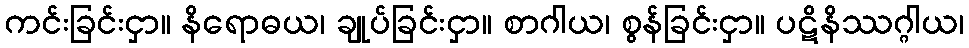
ကင်းခြင်းငှာ။ နိရောဓယ၊ ချုပ်ခြင်းငှာ။ စာဂါယ၊ စွန်ခြင်းငှာ။ ပဋိနိဿဂ္ဂါယ၊